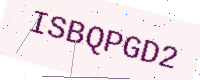
Text: ISBQPGD2